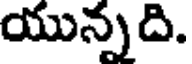
యున్నది.